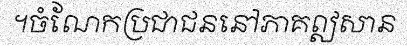
។ចំណែកប្រជាជននៅភាគឦសាន